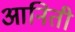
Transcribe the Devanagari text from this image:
आनिती